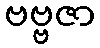
ဗဗ္ဗဇာ